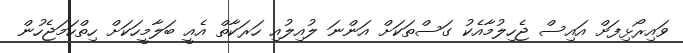
ވައިރޯޅިފަށް އައިސް ޖެހިލުމާއެކު ގަސްތަކަށް އަންނަ ލުއިލުއި ހަރަކާތް އެއީ ބަލާމީހަކަށް ހިތްހަމަޖެހުން